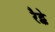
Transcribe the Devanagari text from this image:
रैट्के